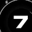
Digit: 7